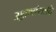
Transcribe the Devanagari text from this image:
उड्डाणांसाठि